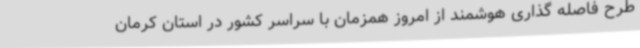
طرح فاصله گذاری هوشمند از امروز همزمان با سراسر کشور در استان کرمان